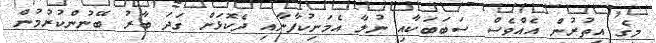
މީގެ އިތުރުން އެއްވެސް ސަބަބަކާއި ނުލާ އެމަނިކުފާނާއި ދެކޮޅަށް ގަދަ ބާރު ބޭނުންކުރުމުން